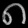
Digit: ၈